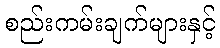
စည်းကမ်းချက်များနှင့်